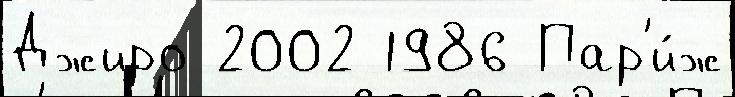
Джиро 2002 1986 Пар'и́ж